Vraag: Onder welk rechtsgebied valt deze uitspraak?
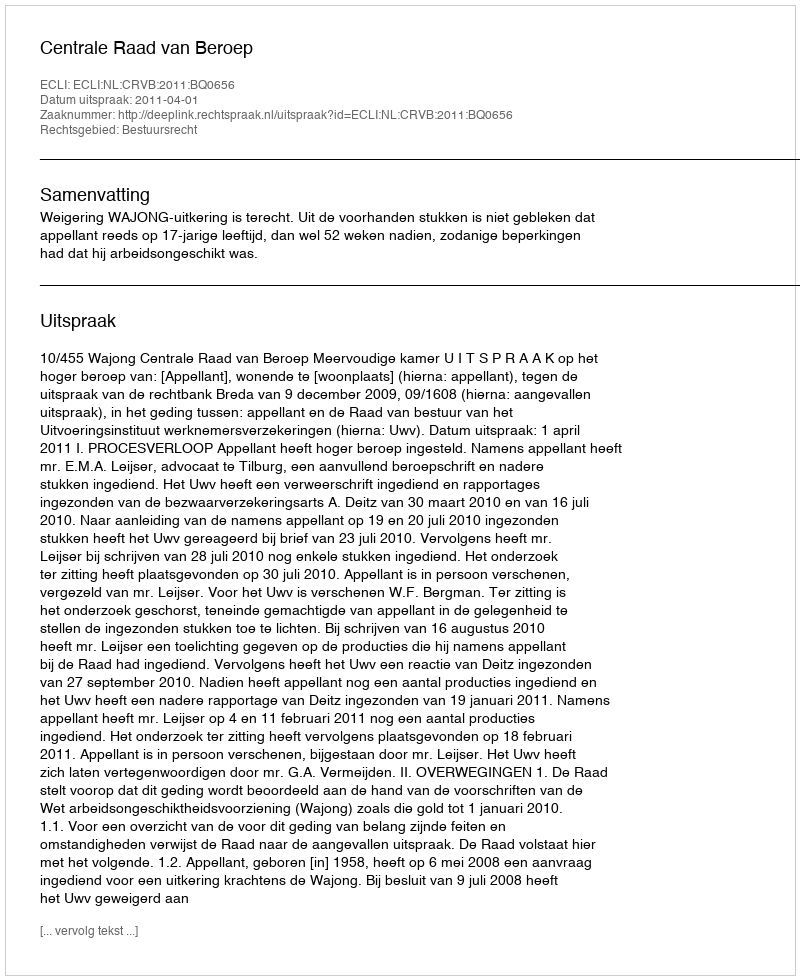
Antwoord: Bestuursrecht